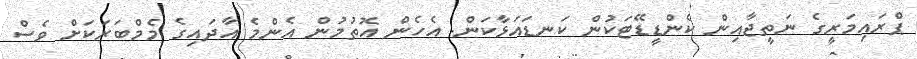
ޕްރައިމަރީގެ ނަތީޖާއިން ކެންޑީޑޭޓަކުން ކަނޑައަޅާކަން. އެހެން އޮތުމުން އެންމެ އާދައިގެ މެމްބަރަކަށް ވެސް